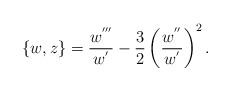
LaTeX: \begin{align*}\{ w , z \} = {w^{'''} \over w^{'}} - {3 \over 2} \left( w^{''} \over w^{'} \right)^2 .\end{align*}